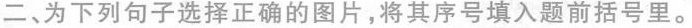
二、为下列句子选择正确的图片,将其序号填入题前括号里。